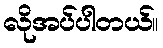
လိုအပ်ပါတယ်။